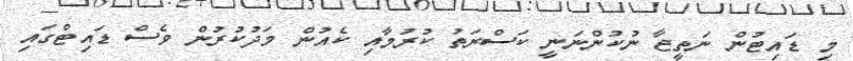
މި ޑައިޓުން ނަތީޖާ ނުކުންނަނީ ކަސްރަތު ކުރުމާއި ކެއުން މަދުކުރުން ވެސް ޑައިޓްގައި